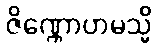
ဇိဏ္ဏောဟမသ္မိ